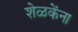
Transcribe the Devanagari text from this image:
शेळकेंना